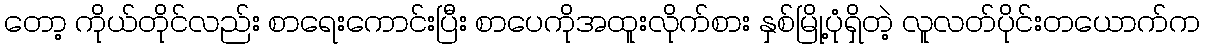
တော့ ကိုယ်တိုင်လည်း စာရေးကောင်းပြီး စာပေကိုအထူးလိုက်စား နှစ်မြို့ပုံရှိတဲ့ လူလတ်ပိုင်းတယောက်က